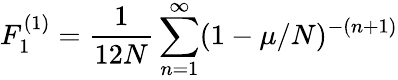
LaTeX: F_{1}^{(1)}={\frac{1}{12N}}\sum_{n=1}^{\infty}(1-\mu/N)^{-(n+1)}